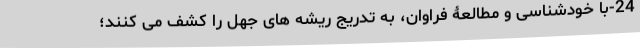
24-با خودشناسی و مطالعۀ فراوان، به تدریج ریشه های جهل را کشف می­ کنند؛